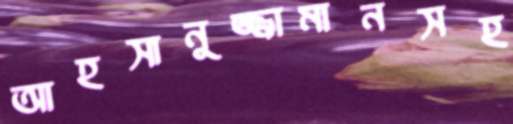
আহসানুজ্জামানসহ